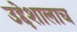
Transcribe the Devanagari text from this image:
उद्देशालाच